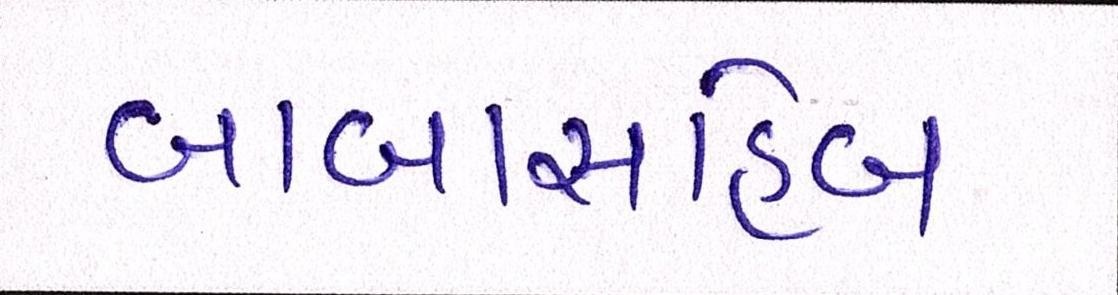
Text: બાબાસાહેબ